Indian journal of veterinary science and animal husbandry - Volumes 28-29, 1958-1959
Year: 1958
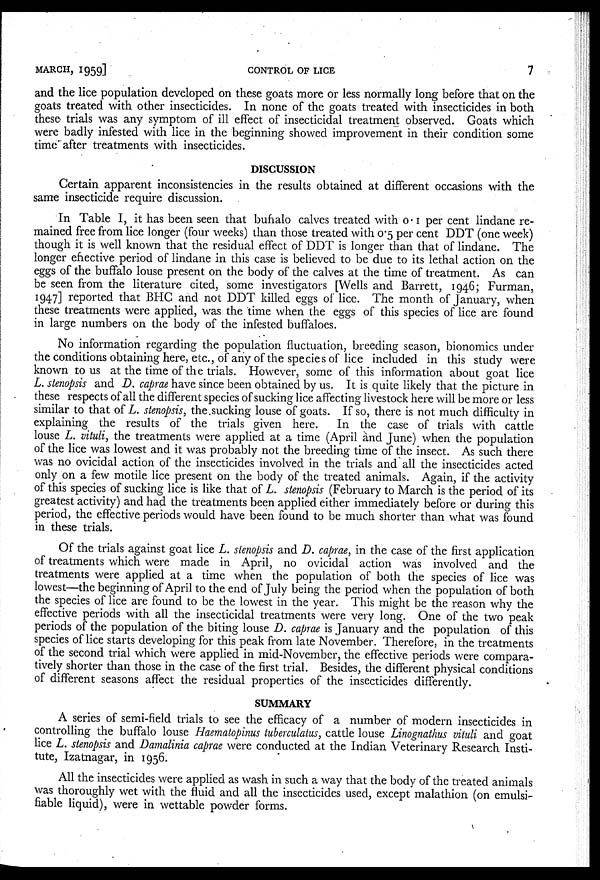
MARCH,
1959]
CONTROL OF LICE
7
and the lice population developed on these goats more or less normally long before that on the
goats treated with other insecticides. In none of the goats treated with insecticides in both
these trials was any symptom of ill effect of insecticidal treatment observed. Goats which
were badly infested with lice in the beginning showed improvement in their condition some
time after treatments with insecticides.
DISCUSSION
Certain apparent inconsistencies in the results obtained at different occasions with the
same insecticide require discussion.
In Table I, it has been seen that buffalo calves treated with 0.1 per cent lindane re-
mained free from lice longer (four weeks) than those treated with 0.5 per cent DDT (one week)
though it is well known that the residual effect of DDT is longer than that of lindane. The
longer effective period of lindane in this case is believed to be due to its lethal action on the
eggs of the buffalo louse present on the body of the calves at the time of treatment. As can
be seen from the literature cited, some investigators [Wells and Barrett, 1946; Furman,
1947] reported that BHC and not DDT killed eggs of lice. The month of January, when
these treatments were applied, was the time when the eggs of this species of lice are found
in large numbers on the body of the infested buffaloes.
No information regarding the population fluctuation, breeding season, bionomics under
the conditions obtaining here, etc., of any of the species of lice included in this study were
known to us at the time of the trials. However, some of this information about goat lice
L. stenopsis and D. caprae have since been obtained by us. It is quite likely that the picture in
these respects of all the different species of sucking lice affecting livestock here will be more or less
similar to that of L. stenopsis, the sucking louse of goats. If so, there is not much difficulty in
explaining the results of the trials given here.
In the case of trials with cattle
louse L. vituli, the treatments were applied at a time (April and June) when the population
of the lice was lowest and it was probably not the breeding time of the insect. As such there
was no ovicidal action of the insecticides involved in the trials and all the insecticides acted
only on a few motile lice present on the body of the treated animals. Again, if the activity
of this species of sucking lice is like that of L. stenopsis (February to March is the period of its
greatest activity) and had the treatments been applied either immediately before or during this
period, the effective periods would have been found to be much shorter than what was found
in these trials.
Of the trials against goat lice L. stenopsis and D. caprae, in the case of the first application
of treatments which were made in April, no ovicidal action was involved and the
treatments were applied at a time when the population of both the species of lice was
lowest—the beginning of April to the end of July being the period when the population of both
the species of lice are found to be the lowest in the year. This might be the reason why the
effective periods with all the insecticidal treatments were very long. One of the two peak
periods of the population of the biting louse D. caprae is January and the population of this
species of lice starts developing for this peak from late November. Therefore, in the treatments
of the second trial which were applied in mid-November, the effective periods were compara-
tively shorter than those in the case of the first trial. Besides, the different physical conditions
of different seasons affect the residual properties of the insecticides differently.
SUMMARY
A series of semi-field trials to see the efficacy of a number of modern insecticides in
controlling the buffalo louse Haematopinus tuberculatus, cattle louse Linognathus vituli and goat
lice L. stenopsis and Damalinia caprae were conducted at the Indian Veterinary Research Insti-
tute, Izatnagar, in 1956.
All the insecticides were applied as wash in such a way that the body of the treated animals
was thoroughly wet with the fluid and all the insecticides used, except malathion (on emulsi-
fiable liquid), were in wettable powder forms.